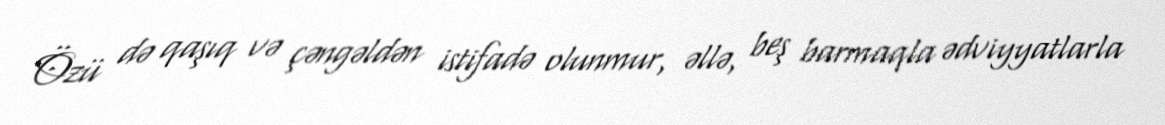
Özü də qaşıq və çəngəldən istifadə olunmur, əllə, beş barmaqla ədviyyatlarla